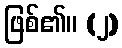
ဖြစ်၏။ (၂)